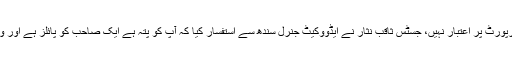
اس پر چیف جسٹس نے ریمارکس دیئے کہ مجھے سندھ کے کسی ڈاکٹر کی رپورٹ پر اعتبار نہیں، جسٹس ثاقب نثار نے ایڈووکیٹ جنرل سندھ سے استفسار کیا کہ آپ کو پتہ ہے ایک صاحب کو پائلز ہے اور وہ اسپتال داخل ہو کر علاج کرا رہے ہیں، آپ کو معلوم ہے وہ کہاں ہوتے ہیں؟